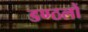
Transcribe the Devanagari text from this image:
डण्ठलों